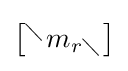
{\begin{bmatrix}^{\diagdown }m_{r\diagdown }\end{bmatrix}}